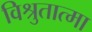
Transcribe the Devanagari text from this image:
विश्रुतात्मा